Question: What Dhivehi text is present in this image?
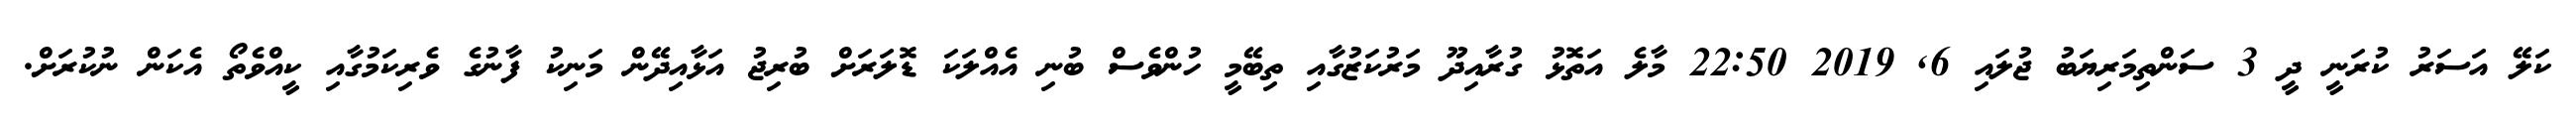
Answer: ކަލޭ އަސަރު ކުރަނީ ދީ 3 ސަންތިމަރިޔަބު ޖުލައި 6, 2019 22:50 މާލެ އަތޮޅު ގުރާއިދޫ މަރުކަޒުގާއި ތިބޭމީ ހުންވެސް ބުނި އެއްލަކަ ޑޮލަރަށް ބުރިޖު އަޅާއިދޭން މަނިކު ފާނުގެ ވެރިކަމުގާއި ކީއްވެތޯ އެކަން ނުކުރަށް.